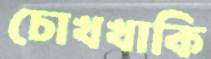
চোখখাকি